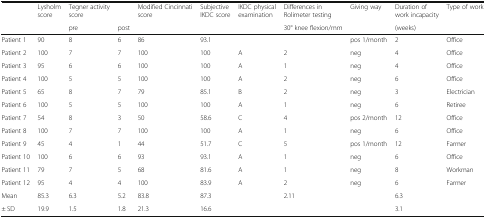
<table><thead><tr><td rowspan="2">[EMPTY_CELL]</td><td><b>Lysholm score</b></td><td><b>Tegner activity score</b></td><td>[EMPTY_CELL]</td><td><b>Modified Cincinnati score</b></td><td><b>Subjective IKDC score</b></td><td><b>IKDC physical examination</b></td><td><b>Differences in Rolimeter testing</b></td><td><b>Giving way</b></td><td><b>Duration of work incapacity</b></td><td><b>Type of work</b></td></tr><tr><td>[EMPTY_CELL]</td><td><b>pre</b></td><td><b>post</b></td><td colspan="3">[EMPTY_CELL]</td><td><b>30° knee flexion/mm</b></td><td>[EMPTY_CELL]</td><td><b>(weeks)</b></td><td>[EMPTY_CELL]</td></tr></thead><tbody><tr><td>Patient 1</td><td>90</td><td>8</td><td>6</td><td>86</td><td>93.1</td><td>[EMPTY_CELL]</td><td>[EMPTY_CELL]</td><td>pos 1/month</td><td>2</td><td>Office</td></tr><tr><td>Patient 2</td><td>100</td><td>7</td><td>7</td><td>100</td><td>100</td><td>A</td><td>2</td><td>neg</td><td>4</td><td>Office</td></tr><tr><td>Patient 3</td><td>95</td><td>6</td><td>6</td><td>100</td><td>100</td><td>A</td><td>1</td><td>neg</td><td>4</td><td>Office</td></tr><tr><td>Patient 4</td><td>100</td><td>5</td><td>5</td><td>100</td><td>100</td><td>A</td><td>2</td><td>neg</td><td>6</td><td>Office</td></tr><tr><td>Patient 5</td><td>65</td><td>8</td><td>7</td><td>79</td><td>85.1</td><td>B</td><td>2</td><td>neg</td><td>3</td><td>Electrician</td></tr><tr><td>Patient 6</td><td>100</td><td>5</td><td>5</td><td>100</td><td>100</td><td>A</td><td>1</td><td>neg</td><td>6</td><td>Retiree</td></tr><tr><td>Patient 7</td><td>54</td><td>8</td><td>3</td><td>50</td><td>58.6</td><td>C</td><td>4</td><td>pos 2/month</td><td>12</td><td>Office</td></tr><tr><td>Patient 8</td><td>100</td><td>7</td><td>7</td><td>100</td><td>100</td><td>A</td><td>1</td><td>neg</td><td>6</td><td>Office</td></tr><tr><td>Patient 9</td><td>45</td><td>4</td><td>1</td><td>44</td><td>51.7</td><td>C</td><td>5</td><td>pos 1/month</td><td>12</td><td>Farmer</td></tr><tr><td>Patient 10</td><td>100</td><td>6</td><td>6</td><td>93</td><td>93.1</td><td>A</td><td>1</td><td>neg</td><td>6</td><td>Office</td></tr><tr><td>Patient 11</td><td>79</td><td>7</td><td>5</td><td>68</td><td>81.6</td><td>A</td><td>1</td><td>neg</td><td>8</td><td>Workman</td></tr><tr><td>Patient 12</td><td>95</td><td>4</td><td>4</td><td>100</td><td>83.9</td><td>A</td><td>2</td><td>neg</td><td>6</td><td>Farmer</td></tr><tr><td>Mean</td><td>85.3</td><td>6.3</td><td>5.2</td><td>83.8</td><td>87.3</td><td>[EMPTY_CELL]</td><td>2.11</td><td>[EMPTY_CELL]</td><td>6.3</td><td>[EMPTY_CELL]</td></tr><tr><td>± SD</td><td>19.9</td><td>1.5</td><td>1.8</td><td>21.3</td><td>16.6</td><td>[EMPTY_CELL]</td><td>[EMPTY_CELL]</td><td>[EMPTY_CELL]</td><td>3.1</td><td>[EMPTY_CELL]</td></tr></tbody></table>